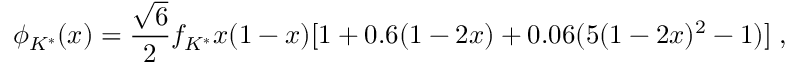
\phi _ { K ^ { * } } ( x ) = \frac { \sqrt { 6 } } { 2 } f _ { K ^ { * } } x ( 1 - x ) [ 1 + 0 . 6 ( 1 - 2 x ) + 0 . 0 6 ( 5 ( 1 - 2 x ) ^ { 2 } - 1 ) ] \; ,